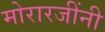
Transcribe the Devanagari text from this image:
मोरारजींनी